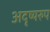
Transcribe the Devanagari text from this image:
अदृष्यरुप